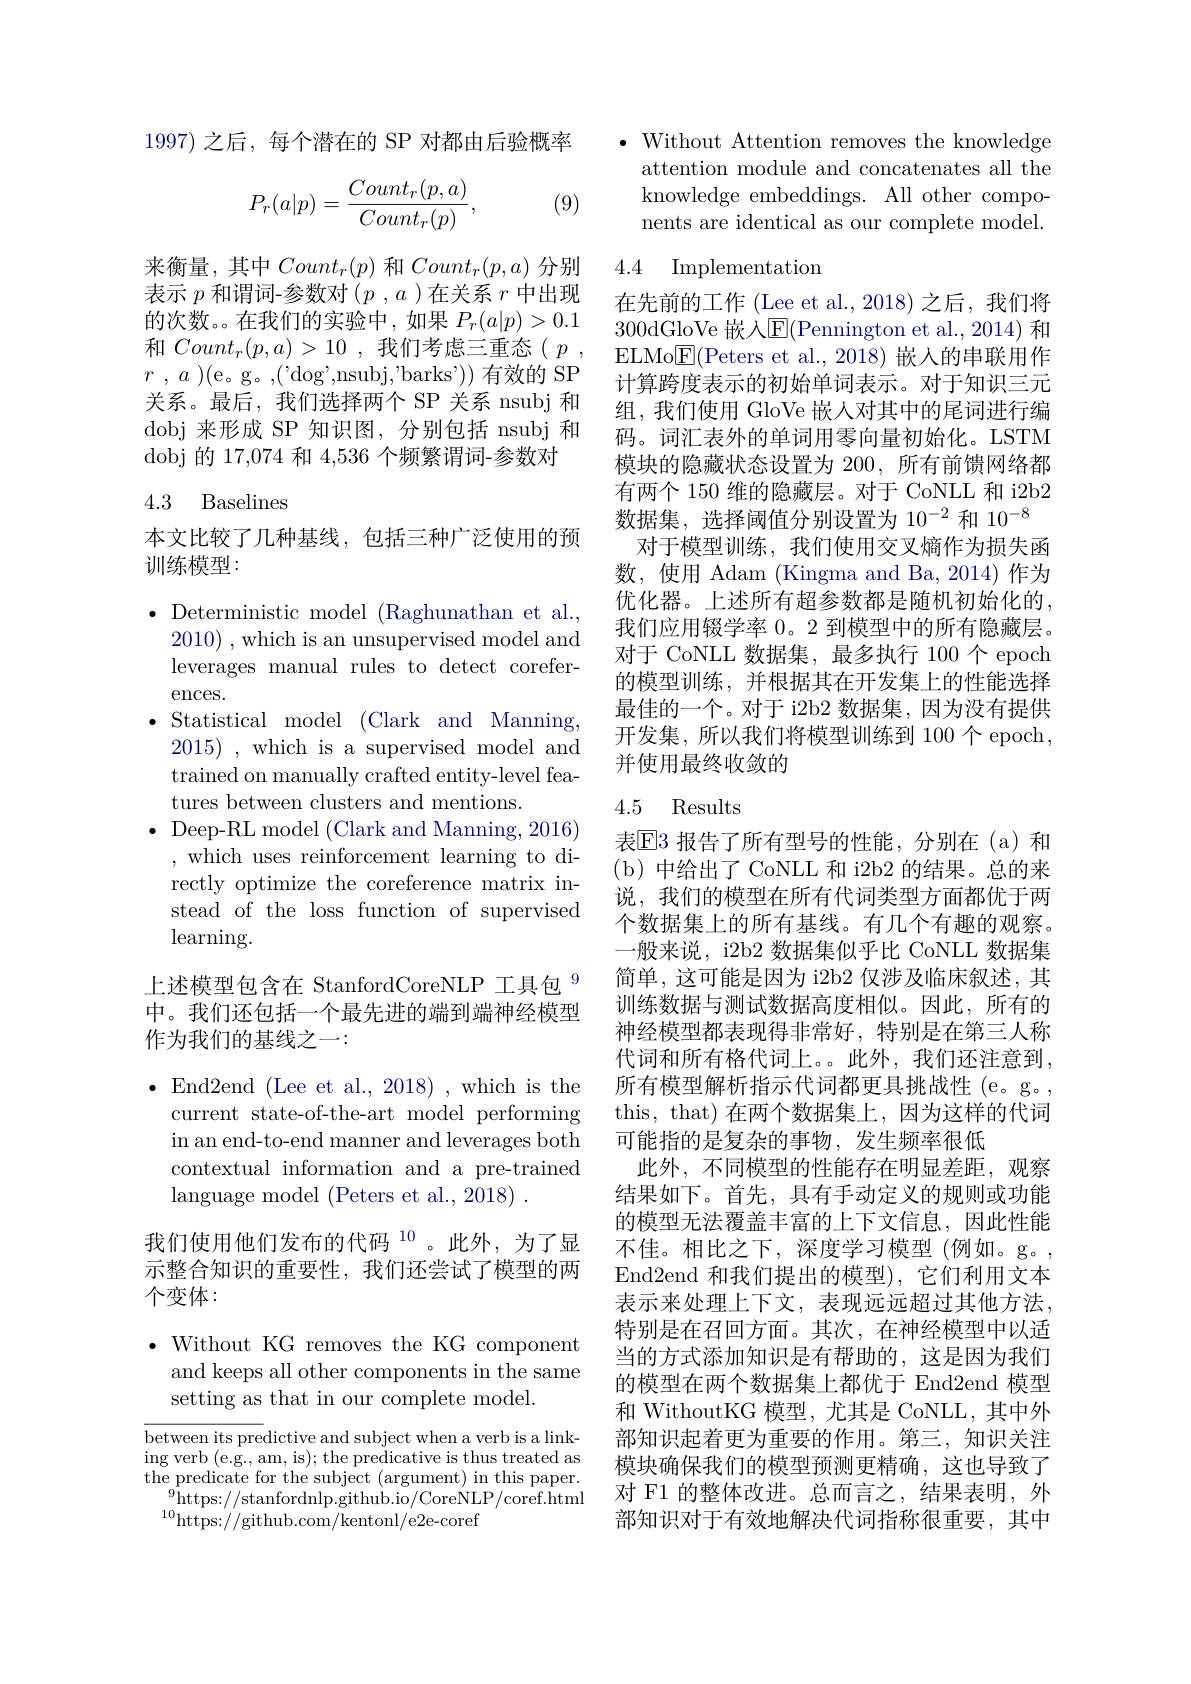
1997)之后，每个潜在的 SP 对都由后验概率
$$P_r(a|p)=\frac{Count_r(p,a)}{Count_r(p)},$$
(9)

来衡量，其中$Count_r(p)$和$Count_r(p,a)$分别表示$p$和谓词-参数对($p,a$ )在关系$r$中出现的次数。。在我们的实验中，如果$P_r(a|p)>0.1$ 和$Count_r(p,a)>10$ ,我们考虑三重态$( p$ , $r$ , $a$ )(e。g。,('dog',nsubj,'barks'))有效的 SP 关系。最后，我们选择两个 SP 关系 nsubj 和dobj 来形成 SP 知识图，分别包括 nsubj 和dobj 的 17,074 和 4,536 个频繁谓词-

## 4.3 Baselines

本文比较了几种基线，包括三种广泛使用的预
训练模型：

$\bullet$ Deterministic model (Rag
2010) , which is an unsupervised model and leverages manual rules to de ences.
$\bullet$ Statistical model (Clark
2015) , which is a supervised model and trained on manually crafted entity-level features between clusters and m
$\bullet$ Deep-RL model (Clark and Manning,2016)
, which uses reinforcement l rectly optimize the coreference matrix instead of the loss function o $\operatorname{learning}.$

上述模型包含在 StanfordCoreNLP 工具包$^{9}$ 中。我们还包括一个最先进的端到端神经模型作为我们的基线之一：

$\bullet$End2end(Lee et al., 2018),whichisthe
current state-of-the-art model performing in an end-to-end manner and leverages both contextual information and a pre-trained language model (Peters et al., 2018)
我们使用他们发布的代码$^{10}$。此外，为了显示整合知识的重要性，我们还尝试了模型的两个变体：

$\bullet$ Without KG removes the KG component
and keeps all other components in the same
setting as that in our complete model.

between its predictive and subject when a verb is a link- $\operatorname{ing}$verb(e.g., am, is);the predicative is thus treated as the predicate for the subject (argument) in this paper.
$_{0}^{9}$https://stanfordnlp.github.io/CoreNLP/coref.html
$^{10}$https://github.com/kentonl/e2e-coref

$\bullet$ Without Attention removes the knowledge
attention module and concatenates all the knowledge embeddings. All other components are identical as our complete model.

### 4.4 Implementation

在先前的工作 (Lee et al.,2018) 之后，我们将300dGloVe 嵌入$\mathbb{E}($Pennington et al., 2014) 和ELMo$\underline{\mathrm{E}}($Peters et al., 2018) 嵌入的串联用作计算跨度表示的初始单词表示。对于知识三元组，我们使用 GloVe 嵌人对其中的尾词进行编码。词汇表外的单词用零向量初始化。LSTM 模块的隐藏状态设置为 200, 所有前馈网络都有两个 150 维的隐藏层。对于 CoNLL 和 i2b2数据集，选择阈值分别设置为 10$^{-2}$和 10$^{-8}$
对于模型训练，我们使用交叉熵作为损失函数，使用 Adam (Kingma and Ba, 2014)作为优化器。上述所有超参数都是随机初始化的， 我们应用辍学率 0。2 到模型中的所有隐藏层。对于 CoNLL 数据集，最多执行 100个 epoch 的模型训练，并根据其在开发集上的性能选择最佳的一个。对于 i2b2 数据集，因为没有提供开发集，所以我们将模型训练到 100个 epoch, 并使用最终收敛的

## 4.5 Results

表$\overline{\mathrm{E}}$3 报告了所有型号的性能，分别在(a)和(b)中给出了 CoNLL 和 i2b2 的结果。总的来说，我们的模型在所有代词类型方面都优于两个数据集上的所有基线。有几个有趣的观察。一般来说，i2b2 数据集似乎比 CoNLL 数据集简单，这可能是因为 i2b2 仅涉及临床叙述，其训练数据与测试数据高度相似。因此，所有的神经模型都表现得非常好，特别是在第三人称代词和所有格代词上。此外，我们还注意到， 所有模型解析指示代词都更具挑战性(e。g。, this, that) 在两个数据集上，因为这样的代词可能指的是复杂的事物，发生频率很低
此外，不同模型的性能存在明显差距，观察结果如下。首先，具有手动定义的规则或功能的模型无法覆盖丰富的上下文信息，因此性能不佳。相比之下，深度学习模型(例如。g。, End2end 和我们提出的模型),它们利用文本表示来处理上下文，表现远远超过其他方法， 特别是在召回方面。其次，在神经模型中以适当的方式添加知识是有帮助的，这是因为我们的模型在两个数据集上都优于 End2end 模型和 WithoutKG 模型，尤其是 CoNLL, 其中外部知识起着更为重要的作用。第三，知识关注模块确保我们的模型预测更精确，这也导致了对 F1 的整体改进。总而言之，结果表明，外部知识对于有效地解决代词指称很重要，其中